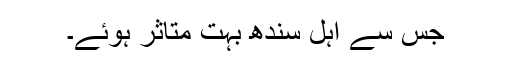
جس سے اہل سندھ بہت متاثر ہوئے۔